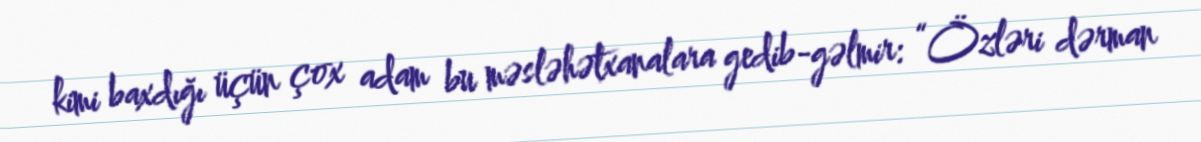
kimi baxdığı üçün çox adam bu məsləhətxanalara gedib-gəlmir: “Özləri dərman